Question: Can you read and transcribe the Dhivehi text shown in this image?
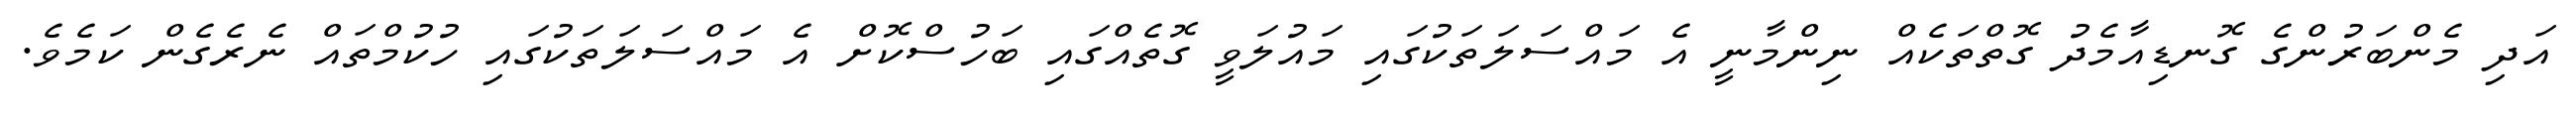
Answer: އަދި މެންބަރުންގެ ގޮނޑިއާމެދު ގޮތްތަކެއް ނިންމާނީ އެ މައްސަލަތަކުގައި މައުލަވީ ގޮތެއްގައި ބަހުސްކޮށް އެ މައްސަލަތަކުގައި ހުކުމްތައް ނެރެގެން ކަމެވެ.